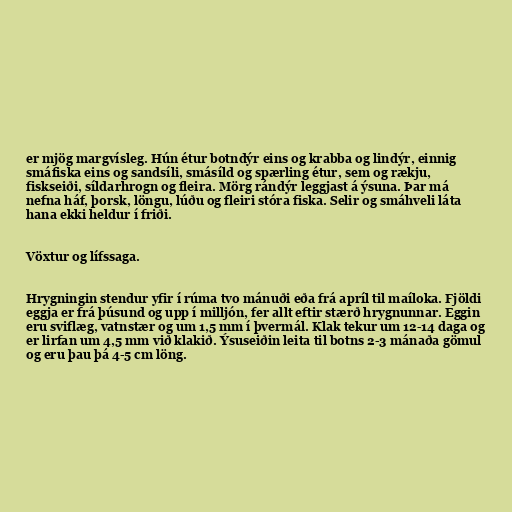
er mjög margvísleg. Hún étur botndýr eins og krabba og lindýr, einnig
smáfiska eins og sandsíli, smásíld og spærling étur, sem og rækju,
fiskseiði, síldarhrogn og fleira. Mörg rándýr leggjast á ýsuna. Þar má
nefna háf, þorsk, löngu, lúðu og fleiri stóra fiska. Selir og smáhveli láta
hana ekki heldur í friði.

Vöxtur og lífssaga.

Hrygningin stendur yfir í rúma tvo mánuði eða frá apríl til maíloka. Fjöldi
eggja er frá þúsund og upp í milljón, fer allt eftir stærð hrygnunnar. Eggin
eru sviflæg, vatnstær og um 1,5 mm í þvermál. Klak tekur um 12-14 daga og
er lirfan um 4,5 mm við klakið. Ýsuseiðin leita til botns 2-3 mánaða gömul
og eru þau þá 4-5 cm löng.